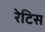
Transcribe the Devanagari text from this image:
रेटिस